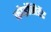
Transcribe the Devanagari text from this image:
कोइंसिडेंट